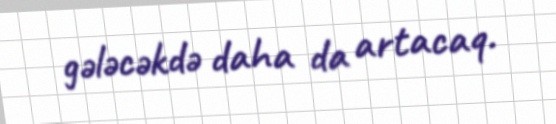
gələcəkdə daha da artacaq.